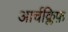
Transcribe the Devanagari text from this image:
आर्चक्लिफ़